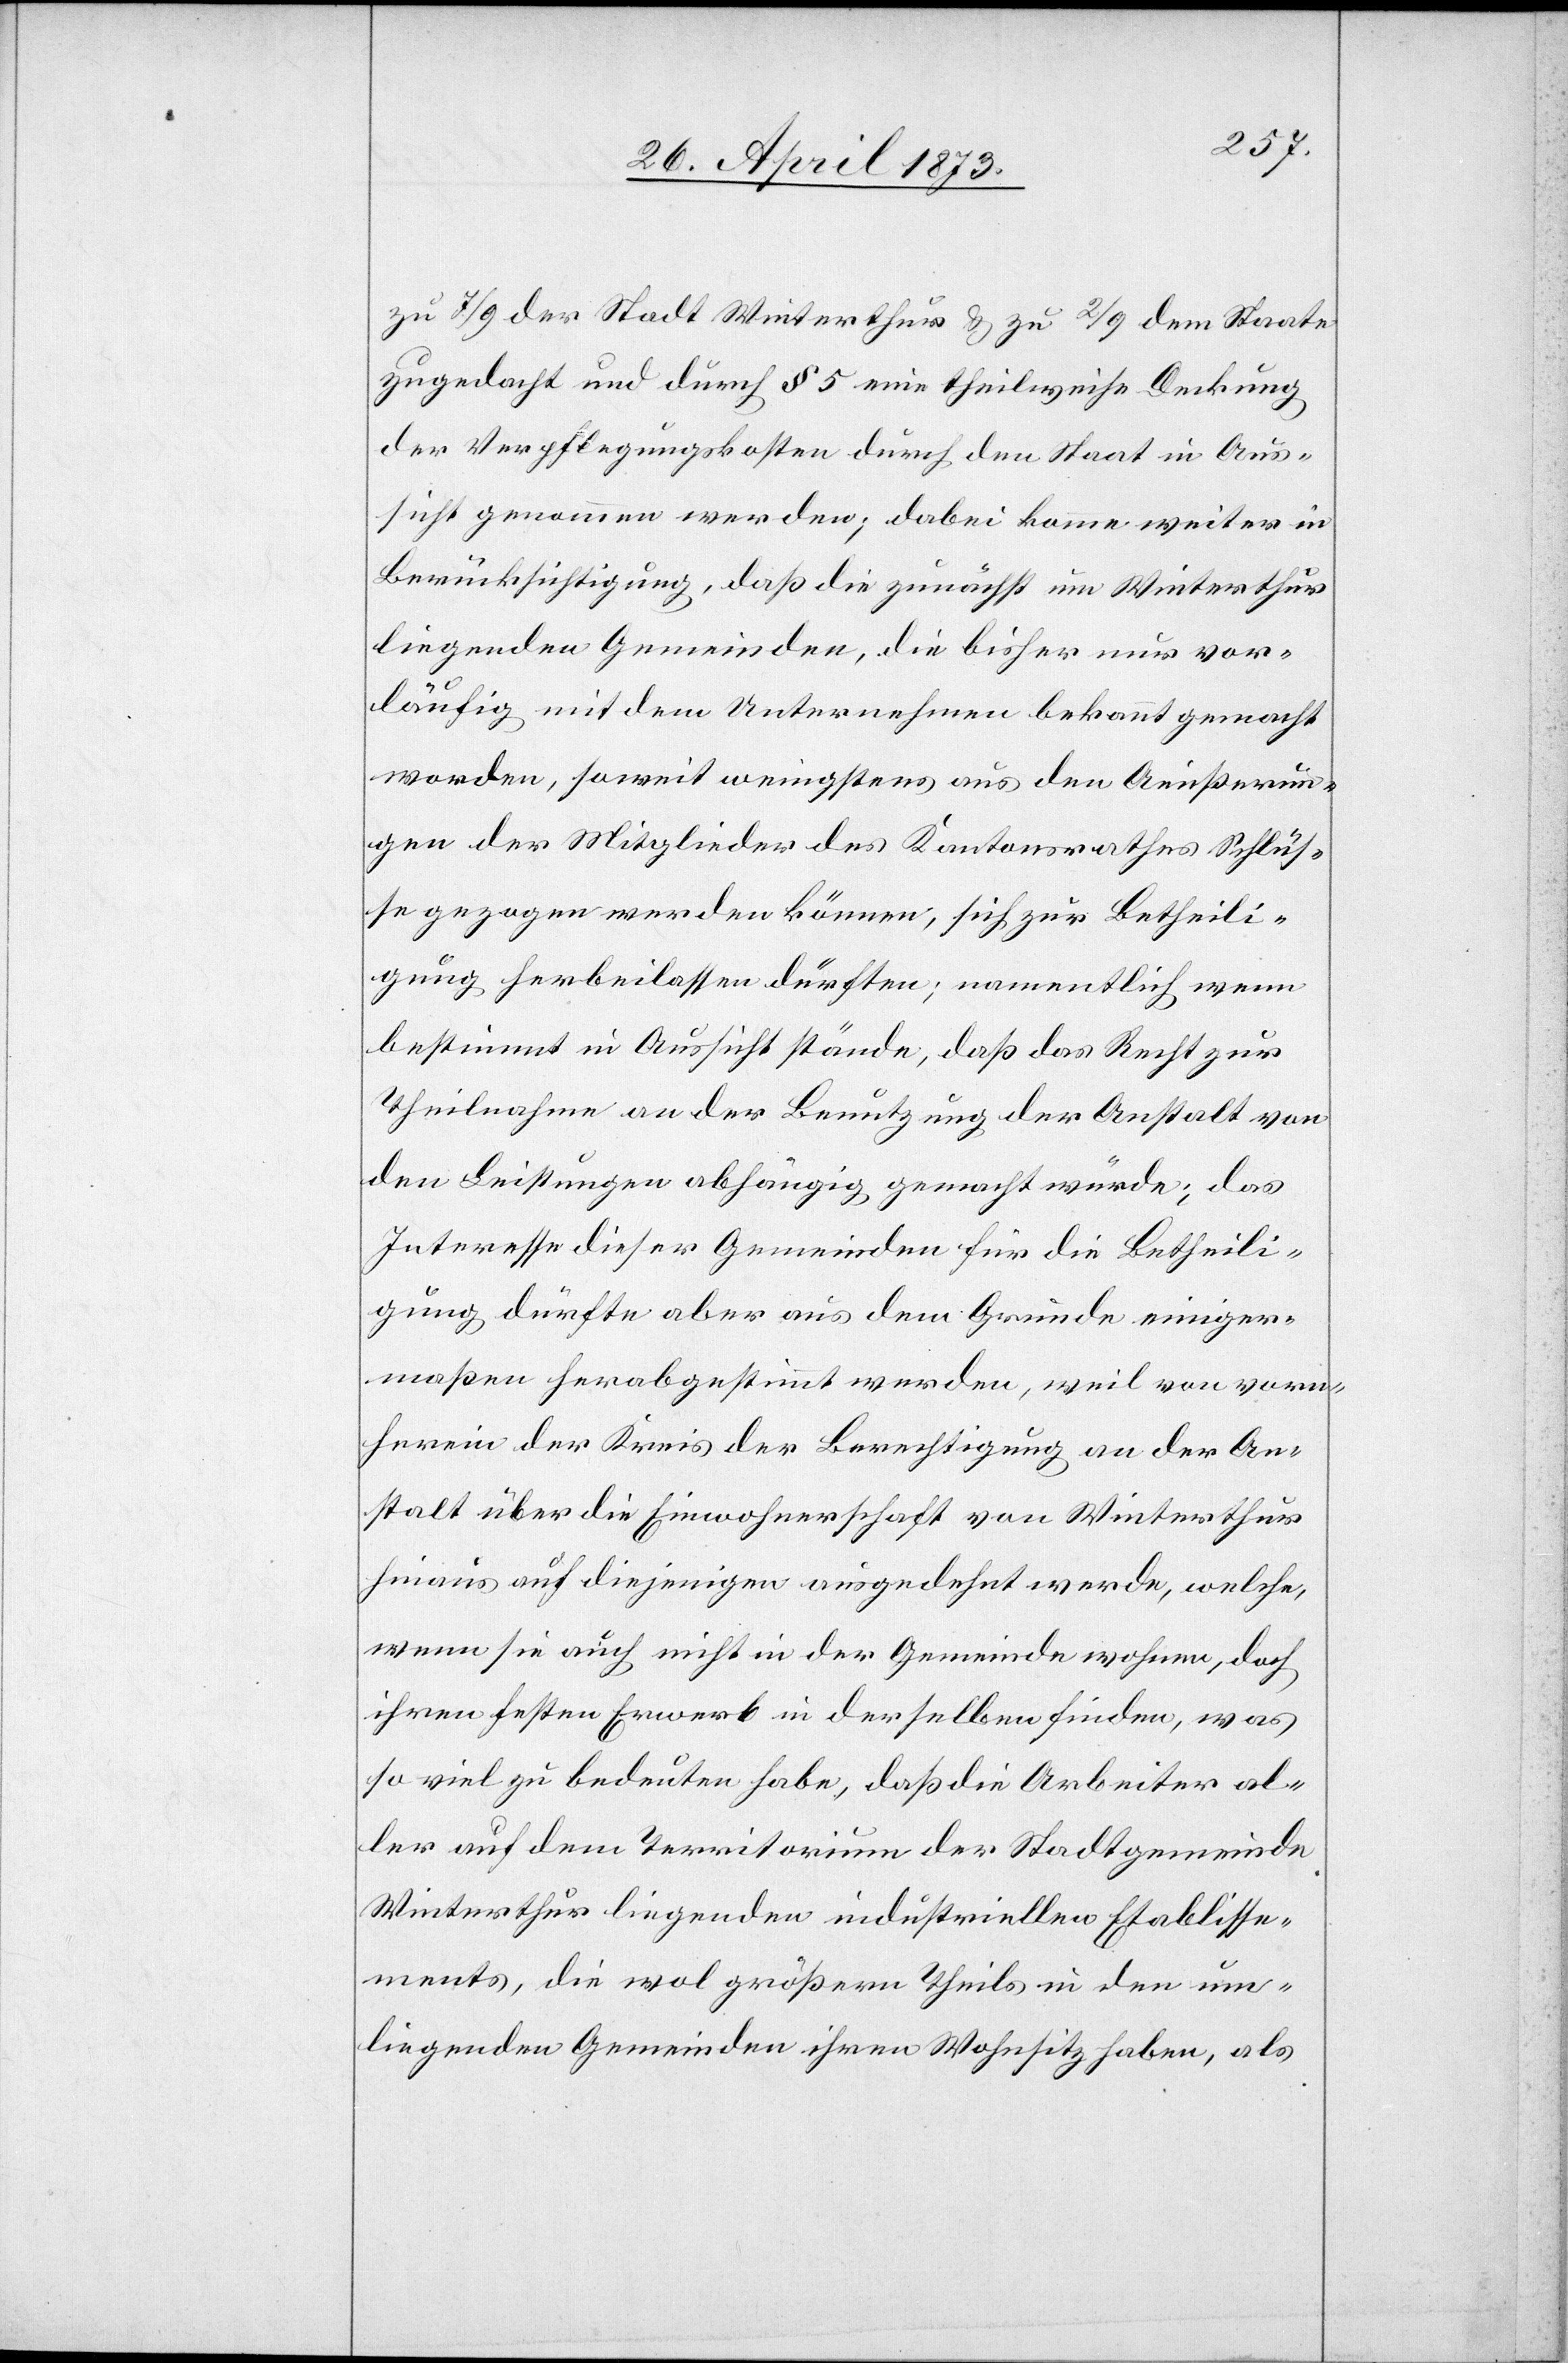
zu 7/9 der Stadt Winterthur & zu 2/9 dem Staate
zugedacht und durch § 5 eine theilweise Deckung
der Verpflegungskosten durch den Staat in Aus¬
sicht genommen werden; dabei komme weiter in
Berücksichtigung, daß die zunächst um Winterthur
liegenden Gemeinden, die bisher nur vor¬
läufig mit dem Unternehmen bekannt gemacht
worden, soweit wenigstens aus den Aeußerun¬
gen der Mitglieder des Kantonsrathes Schlüs¬
se gezogen werden können, sich zur Betheili¬
gung herbeilassen dürften; namentlich wenn
bestimmt in Aussicht stände, daß das Recht zur
Theilnahme an der Benutzung der Anstalt von
den Leistungen abhängig gemacht würde; das
Interesse dieser Gemeinden für die Betheili¬
gung dürfte aber aus dem Grunde einiger¬
maßen herabgestimmt werden, weil von vorn¬
herein der Kreis der Berechtigung an der An¬
stalt über die Einwohnerschaft von Winterthur
hinaus auf diejenigen ausgedehnt werde, welche,
wenn sie auch nicht in der Gemeinde wohnen, doch
ihren festen Erwerb in derselben finden, was
so viel zu bedeuten habe, daß die Arbeiter al¬
ler auf dem Territorium der Stadtgemeinde
Winterthur liegenden industriellen Etablisse¬
ments, die wol größern Theils in den um¬
liegenden Gemeinden ihren Wohnsitz haben, als